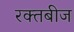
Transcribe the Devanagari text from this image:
रक्‍तबीज